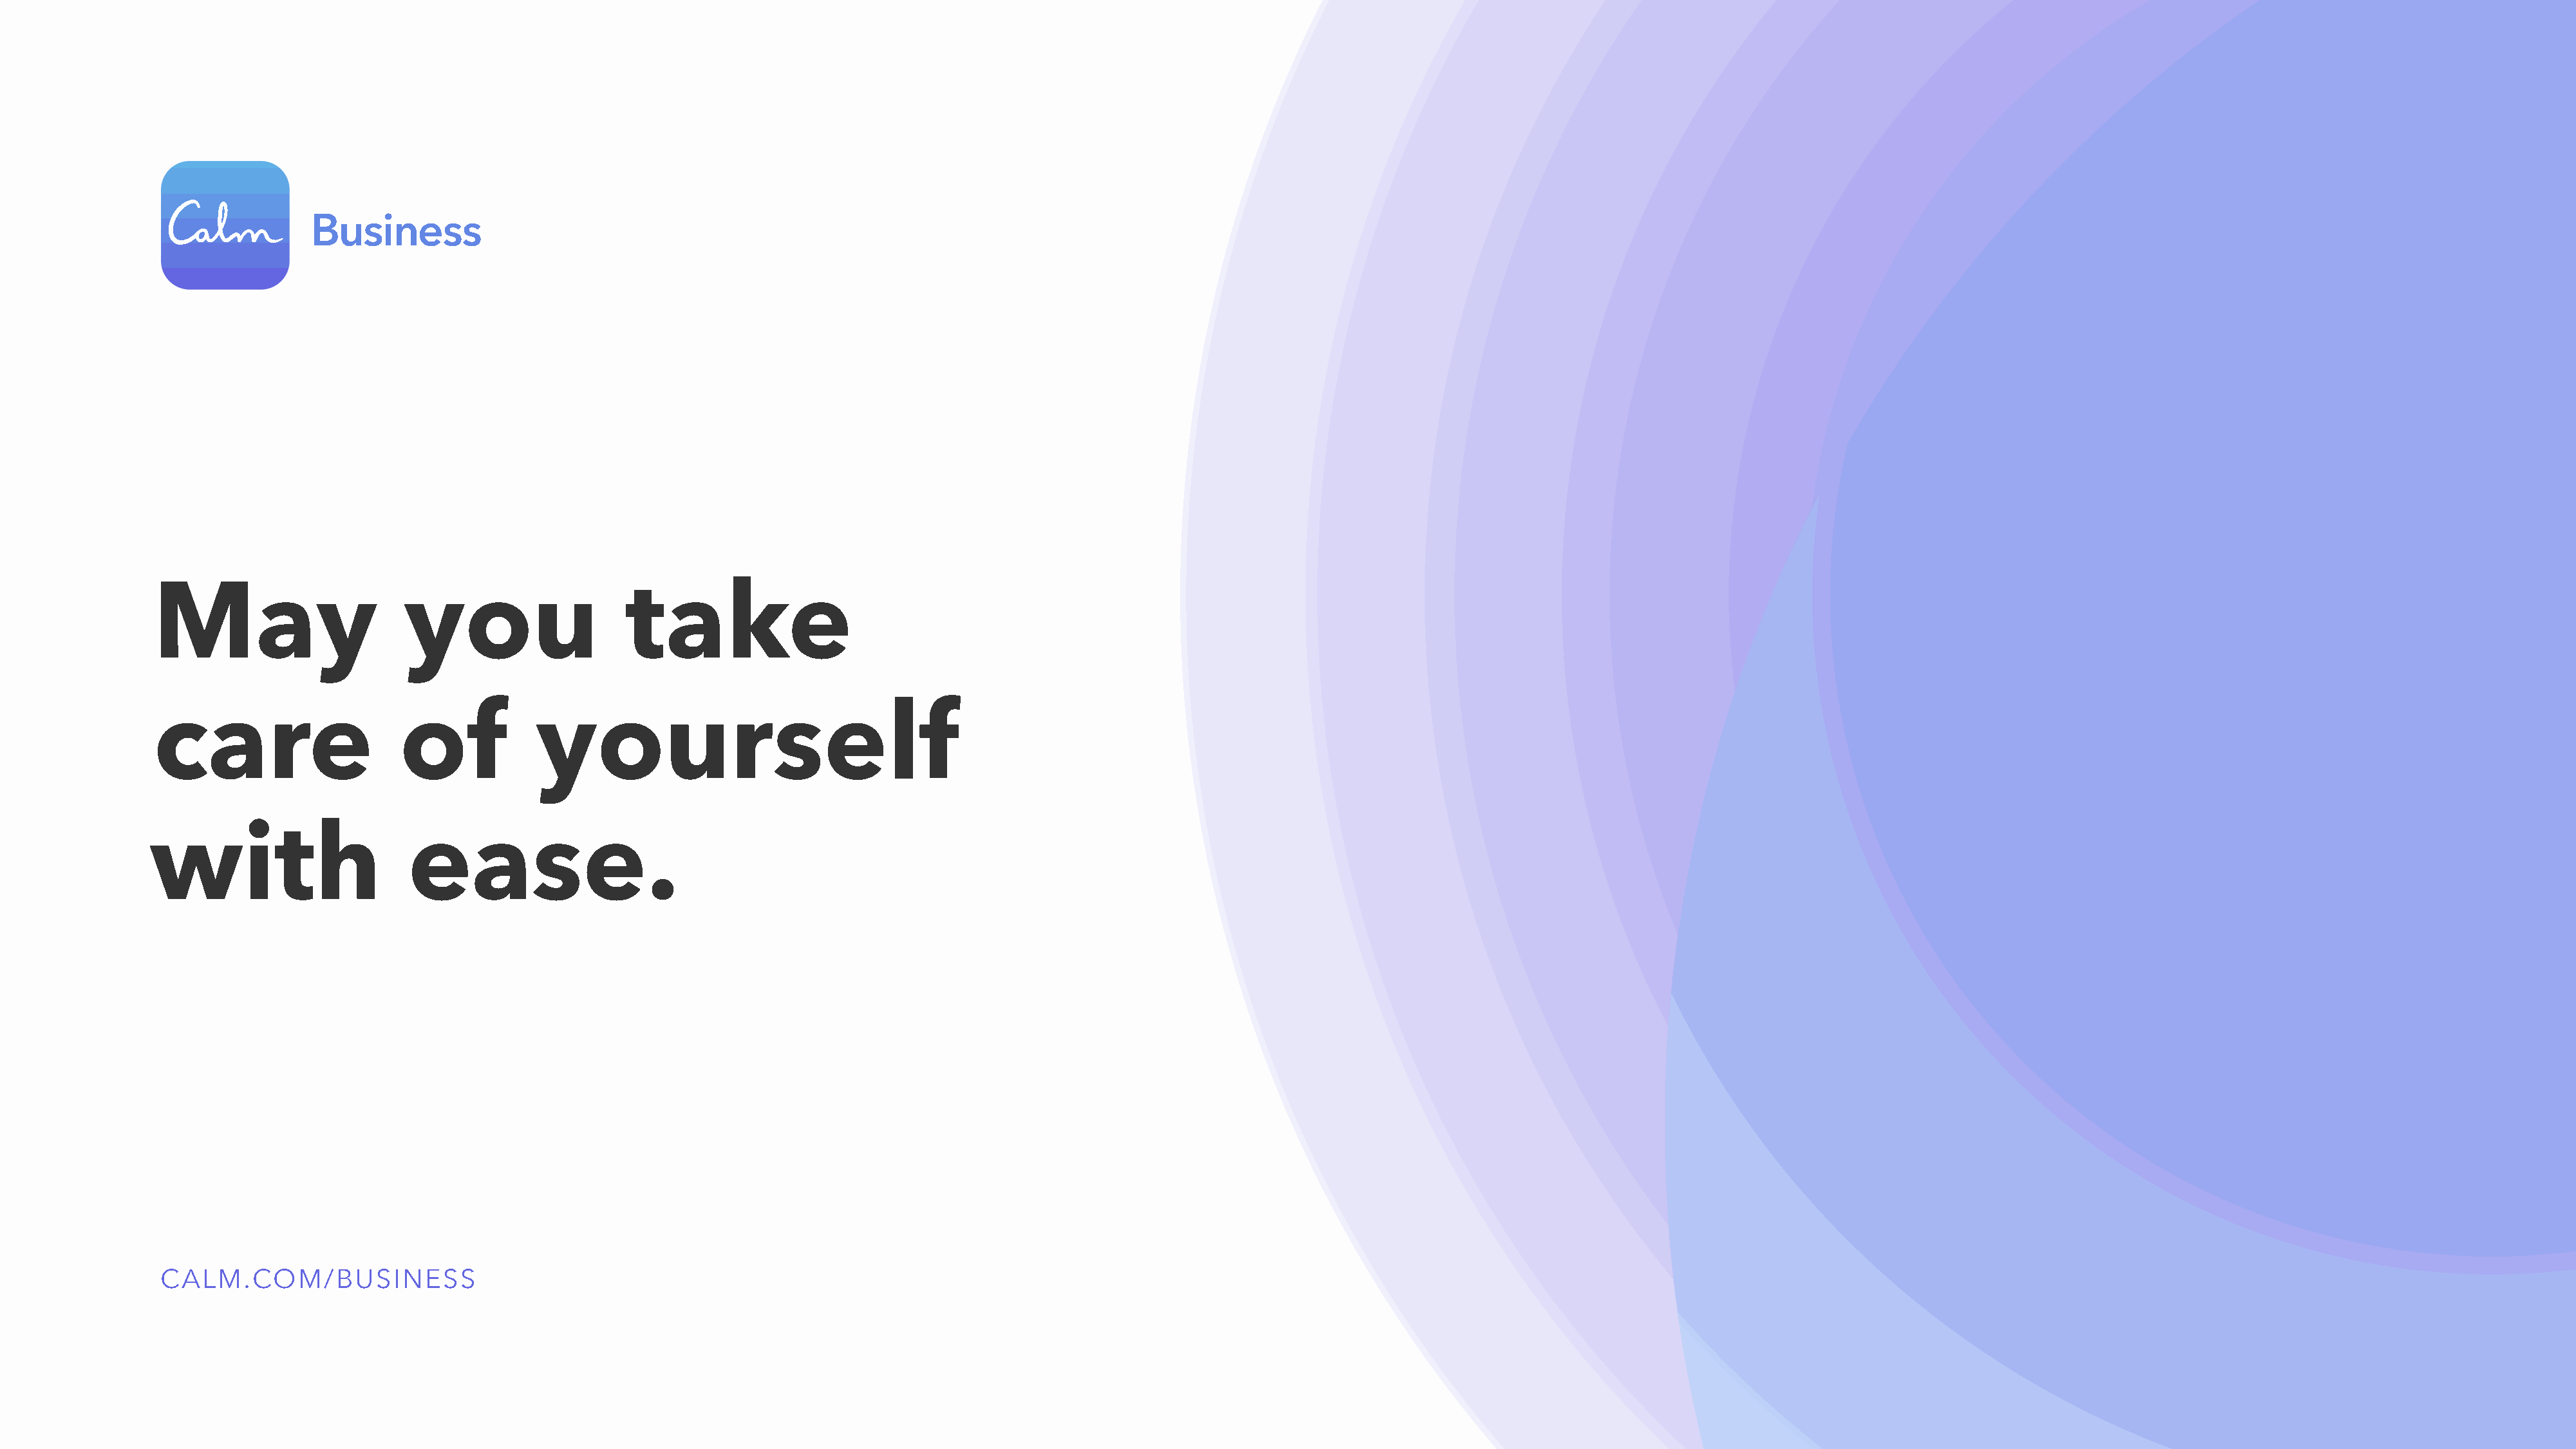
May                       you                   take
 care                     of            yourself
 with                       ease.
 CALM.COM/BUSINESS